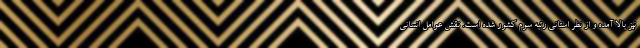
نیز بالا آمده و از نظر استانی رتبه سوم کشور شده است. نقش عوامل انسانی